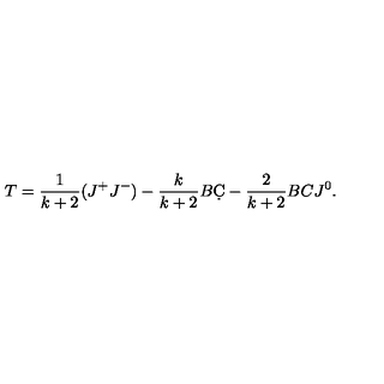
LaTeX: T = \frac { 1 } { k + 2 } ( J ^ { + } J ^ { - } ) - \frac { k } { k + 2 } B \d C - \frac { 2 } { k + 2 } B C J ^ { 0 } .